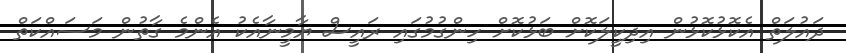
ދައުލަތް އެކޮޅުކޮޅުން އިދިކީލަކޮށް ބަޅުކޮށް ހިންގުމުގައި ރައީސް ޔާމީނާއެކު އެންމެ ގާތުން މަސައްކަތް